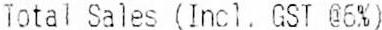
TOTAL SALES (INCL. GST @6%)